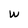
Character: W